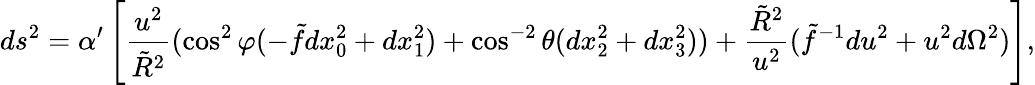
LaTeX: ds^{2}=\alpha^{\prime}\left[\frac{u^{2}}{\tilde{R}^{2}}(\cos^{2}\varphi(-\tilde{f}dx_{0}^{2}+dx_{1}^{2})+\cos^{-2}\theta(dx_{2}^{2}+dx_{3}^{2}))+\frac{\tilde{R}^{2}}{u^{2}}(\tilde{f}^{-1}du^{2}+u^{2}d\Omega^{2})\right],